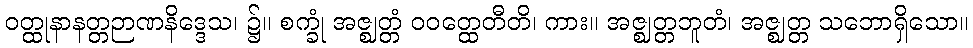
ဝတ္ထုနာနတ္တဉာဏနိဒ္ဒေသ၊ ၌။ စက္ခုံ အဇ္ဈတ္တံ ဝဝတ္ထေတီတိ၊ ကား။ အဇ္ဈတ္တဘူတံ၊ အဇ္ဈတ္တ သဘောရှိသော။